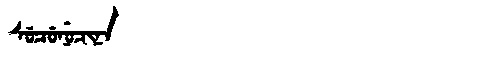
Manchu: ᠰᡠᠴᡠᠨᡠᠴᡳᠨᠠ
Romanization: SUCUNUCINA